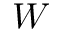
W